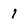
Character: 1